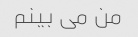
من می بینم